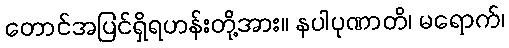
တောင်အပြင်ရှိရဟန်းတို့အား။ နပါပုဏာတိ၊ မရောက်၊